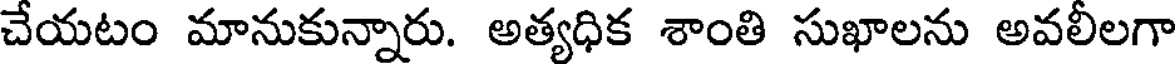
చేయటం మానుకున్నారు. అత్యధిక శాంతి సుఖాలను అవలీలగా